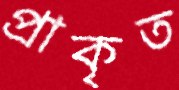
প্রাকৃত